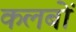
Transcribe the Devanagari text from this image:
कलबों